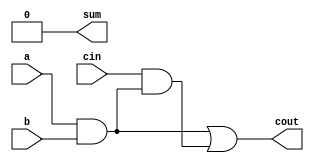
module full_adder5(a,b,cin,sum,cout);
input a,b,cin;
output sum,cout;
assign sum = 1'b0;
assign cout = a&b|cin&(a&b); 
// initial begin
//     $display("The incorrect adder with xor1 having out/0");
// end   
endmodule